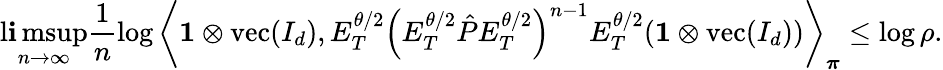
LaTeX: \operatorname*{l\mathbf{i}msup}_{n\to\infty}\frac{{1}}{{n}}\log\left\langle\mathbf{{1}}\otimes\operatorname{vec}(I_{d}),E_{T}^{\theta/2}\left(E_{T}^{\theta/2}\hat{{P}}E_{T}^{\theta/2}\right)^{n-1}E_{T}^{\theta/2}(\mathbf{{1}}\otimes\operatorname{vec}(I_{d}))\right\rangle_{\boldsymbol\pi}\leq\log\rho.